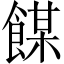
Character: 𩝇